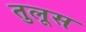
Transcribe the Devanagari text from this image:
तुलूस